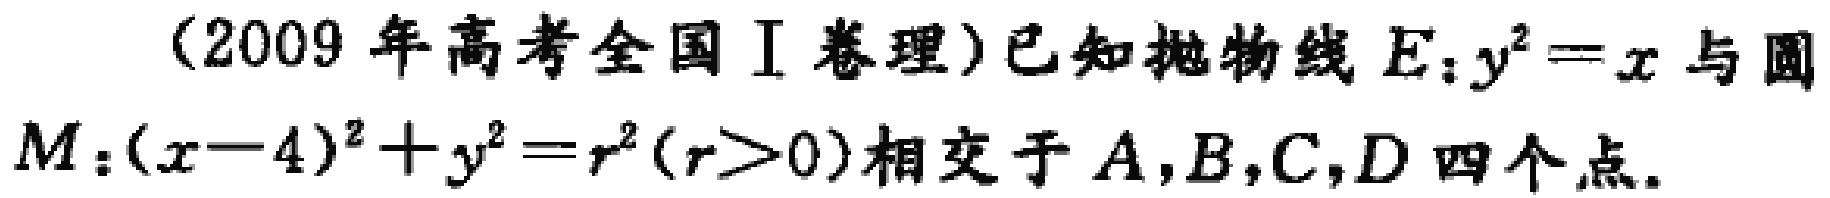
（2009 年高考全国 I 卷理）已知抛物线 \(E:y^{2}=x\) 与圆 \(M:(x - 4)^{2}+y^{2}=r^{2}(r>0)\) 相交于 \(A,B,C,D\) 四个点。